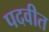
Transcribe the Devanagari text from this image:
पदवीत